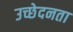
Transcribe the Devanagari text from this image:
उच्छेदनता